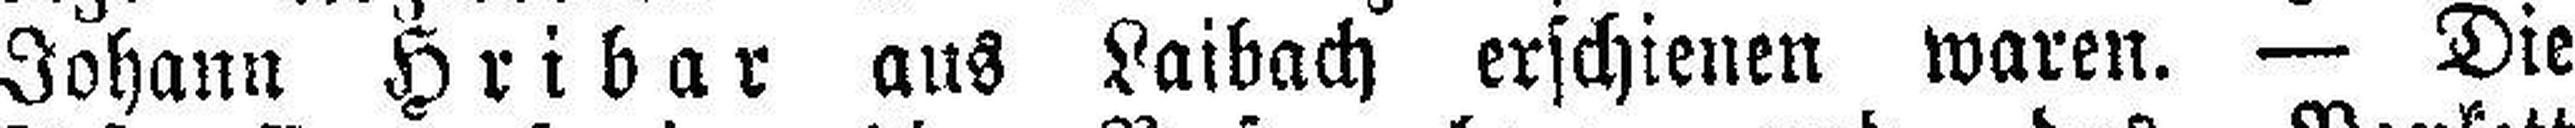
Johann Hribar aus Laibach erschienen waren. — Die